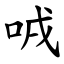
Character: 㖅